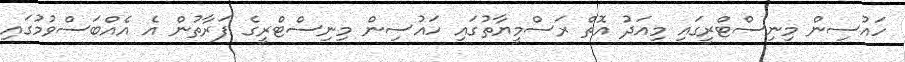
ހައުސިން މިނިސްޓްރީގައި މިއަދު އޮތް ރަސްމީޔާތުގައި ހައުސިން މިނިސްޓްރީގެ ފަރާތުން އެ އެއްބަސްވުމުގައި